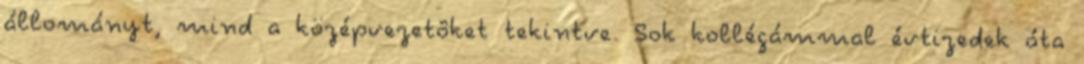
állományt, mind a középvezetôket tekintve. Sok kollégámmal évtizedek óta